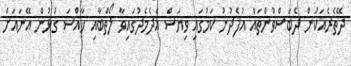
ދޭތެރެއަކުން ދެބަސްވުންތައް އުފެދުނު ކަމުގައި ވިޔަސް އެދެމެދުގައިވާ ލޯތްބާއި ޚާއްސަ ގުޅުން އޭނައަށް